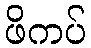
ဖိကပ်